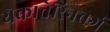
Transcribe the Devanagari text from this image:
येकातेरिनबर्ग